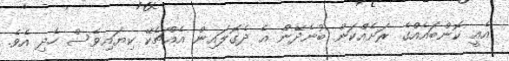
އެއީ ކޮންބައެއްގެ ރަށެއްކަން ބުނެދޭން އެ ދެގޮލައިން އެއްޗެކޭ ކިޔައިވެސް ހެދި އެވެ.